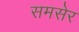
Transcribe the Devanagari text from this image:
समसेर